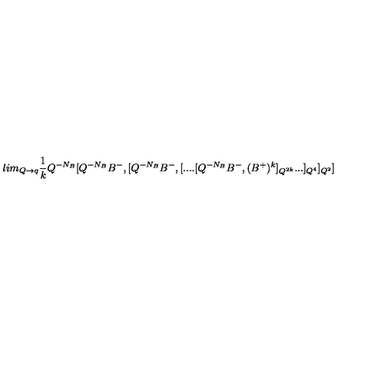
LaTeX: l i m _ { Q \rightarrow q } \frac 1 k Q ^ { - N _ { B } } [ Q ^ { - N _ { B } } B ^ { - } , [ Q ^ { - N _ { B } } B ^ { - } , [ . . . . [ Q ^ { - N _ { B } } B ^ { - } , ( B ^ { + } ) ^ { k } ] _ { Q ^ { 2 k } } . . . ] _ { Q ^ { 4 } } ] _ { Q ^ { 2 } } ]